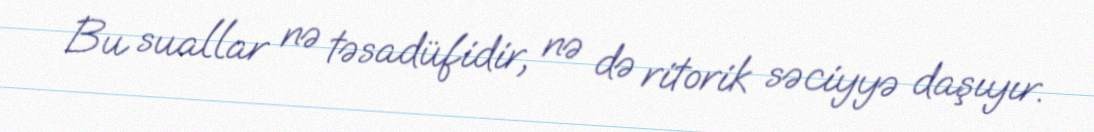
Bu suallar nə təsadüfidir, nə də ritorik səciyyə daşıyır.